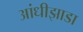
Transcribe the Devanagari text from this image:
आंधीझाडा